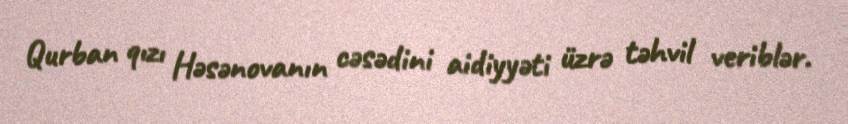
Qurban qızı Həsənovanın cəsədini aidiyyəti üzrə təhvil veriblər.